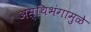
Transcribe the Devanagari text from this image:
अस्थिभंगामुळे